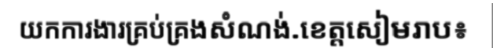
យកការងារគ្រប់គ្រងសំណង់.ខេត្តសៀមរាប៖